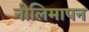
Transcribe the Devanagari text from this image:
नीलिमापन